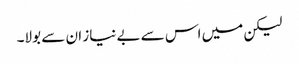
لیکن میں اس سے بے نیاز ان سے بولا۔